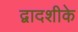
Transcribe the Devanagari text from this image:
द्वादशीके